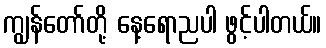
ကျွန်တော်တို့ နေ့ရောညပါ ဖွင့်ပါတယ်။